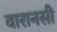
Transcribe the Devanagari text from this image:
वारानसी